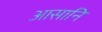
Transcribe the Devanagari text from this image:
आसानि